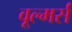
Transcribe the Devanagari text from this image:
वूल्मर्स